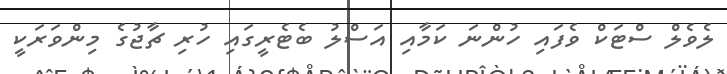
ލެވެލް ސްޓަކް ވެފައި ހުންނަ ކަމާއި އަސްލު ބެޓެރީގައި ހުރި ޗާޖުގެ މިންވަރަކީ